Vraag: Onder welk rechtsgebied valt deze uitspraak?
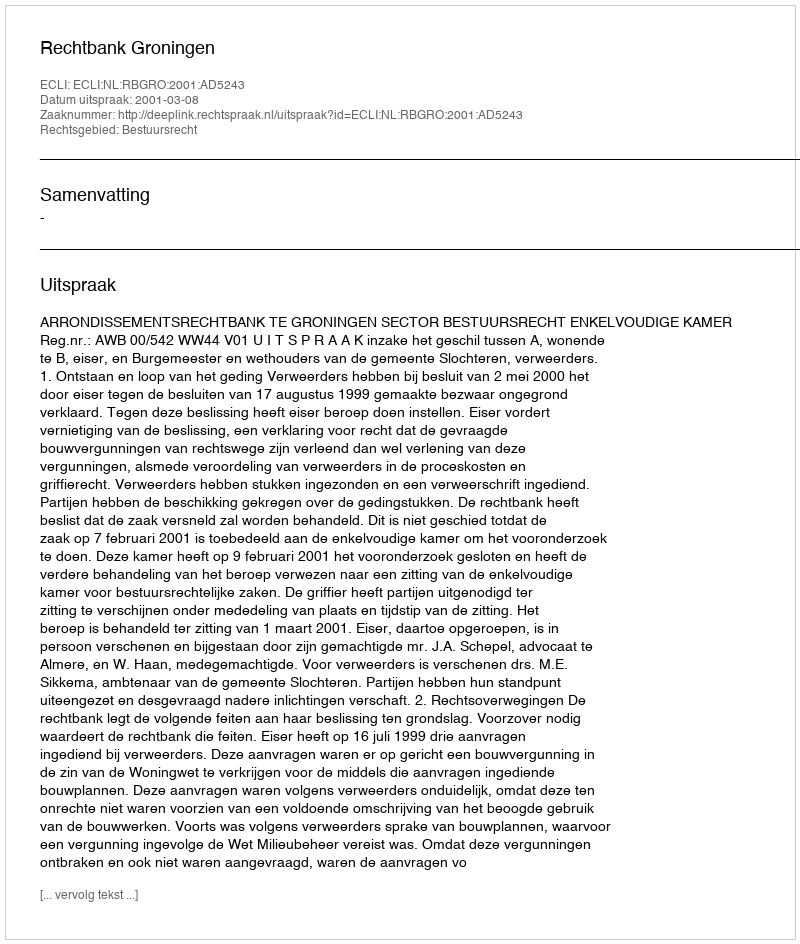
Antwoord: Bestuursrecht